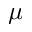
\mu